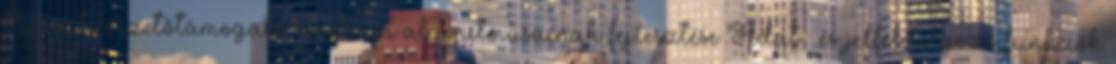
Vasúti vezetőtámogató rendszer algoritmusainak fejlesztése Adat- és jelfeldolgozó funkciók